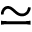
\simeq